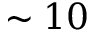
\sim 1 0